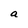
Character: a